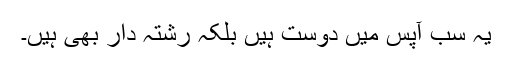
یہ سب آپس میں دوست ہیں بلکہ رشتہ دار بھی ہیں۔